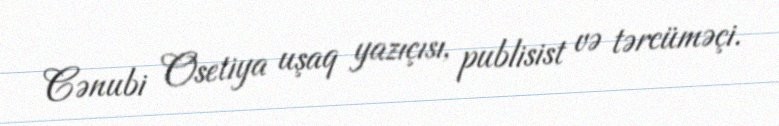
Cənubi Osetiya uşaq yazıçısı, publisist və tərcüməçi.